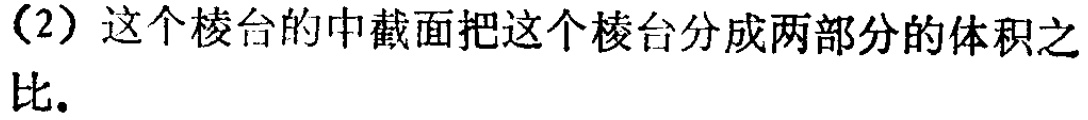
（2）这个棱台的中截面把这个棱台分成两部分的体积之比.